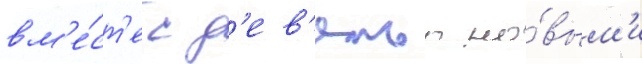
вм'е́ст'е с д'ев'ятью но́вым'и